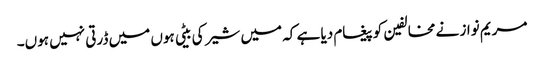
مریم نواز نے مخالفین کو پیغام دیا ہے کہ میں شیر کی بیٹی ہوں میں ڈرتی نہیں ہوں۔